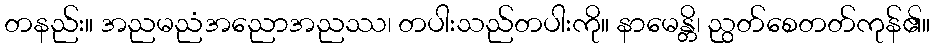
တနည်း။ အညမညံအညောအညဿ၊ တပါးသည်တပါးကို။ နာမေန္တိ၊ ညွတ်စေတတ်ကုန်၏။